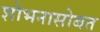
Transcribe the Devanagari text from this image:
शोभनासोबत